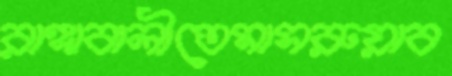
রাঙ্গাবালীতেমাসরুয়াব